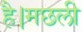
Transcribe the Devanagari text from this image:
है।मछली